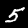
Digit: 5